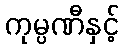
ကုမ္ပဏီနှင့်